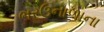
ભરઉનાળાના